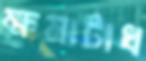
ক্ষমাটাধ